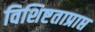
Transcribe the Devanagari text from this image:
विशिष्टताप्राप्त